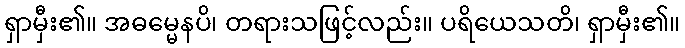
ရှာမှီး၏။ အဓမ္မေနပိ၊ တရားသဖြင့်လည်း။ ပရိယေသတိ၊ ရှာမှီး၏။